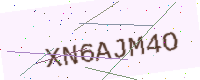
Text: XN6AJM4O